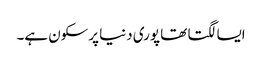
ایسا لگتا تھا پوری دنیا پرسکون ہے۔